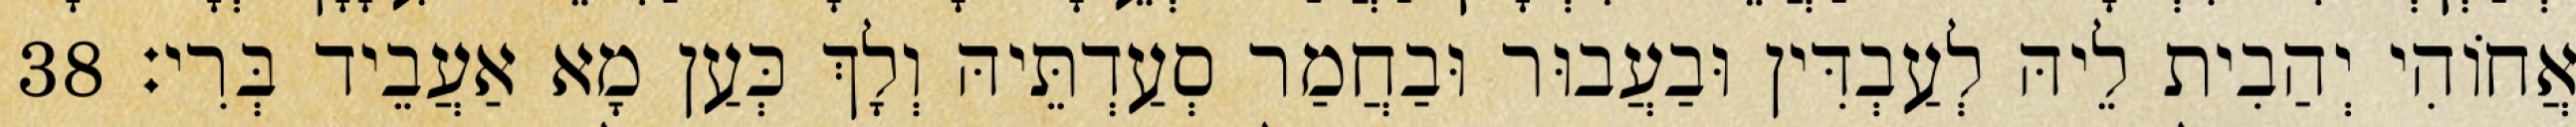
אֲחוֹהִי יְהַבִית לֵיהּ לְעַבְדִּין וּבַעֲבוּר וּבַחֲמַר סְעַדְתֵּיהּ וְלָךְ כְּעַן מָא אַעֲבֵיד בְּרִי׃ 38